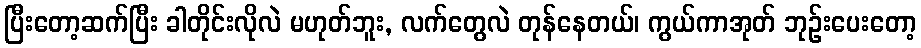
ပြီးတော့ဆက်ပြီး ခါတိုင်းလိုလဲ မဟုတ်ဘူး, လက်တွေလဲ တုန်နေတယ်၊ ကွယ်ကာအုတ် ဘုဉ်းပေးတော့